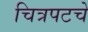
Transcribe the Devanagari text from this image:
चित्रपटचे